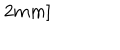
LaTeX: 2 m m ]